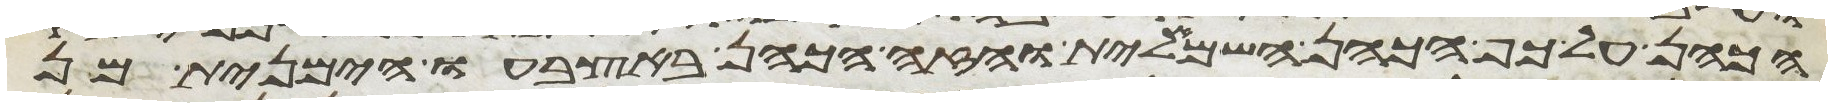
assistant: הכהן על כף הכהן השמאלית והזה הכהן באצבעו הימנית מן